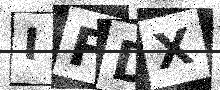
Text: IFDX